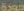
جودة